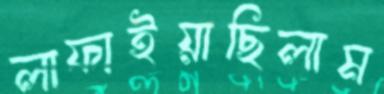
লাফাইয়াছিলাম